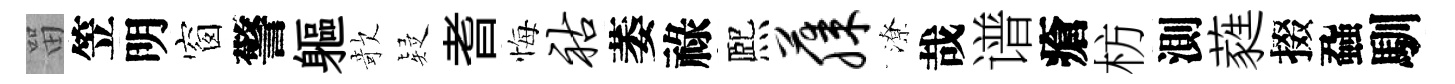
㽞笠明窗警軀欹疑耆悔祜萎祿熈藤潦哉谱瘡枋測蕤掇蝨馴